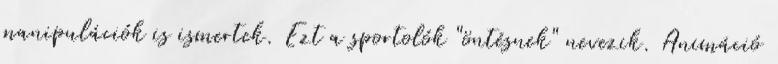
manipulációk is ismertek. Ezt a sportolók "öntésnek" nevezik. Animáció